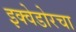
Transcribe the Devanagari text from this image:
इक्वेडोरचा